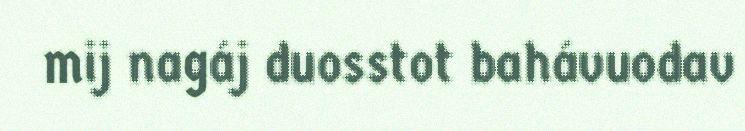
mij nagáj duosstot bahávuodav